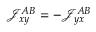
\mathcal { J } _ { x y } ^ { A B } = - \mathcal { J } _ { y x } ^ { A B }